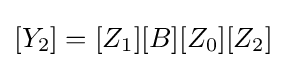
[Y_{2}]=[Z_{1}][B][Z_{0}][Z_{2}]